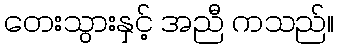
တေးသွားနှင့် အညီ ကသည်။